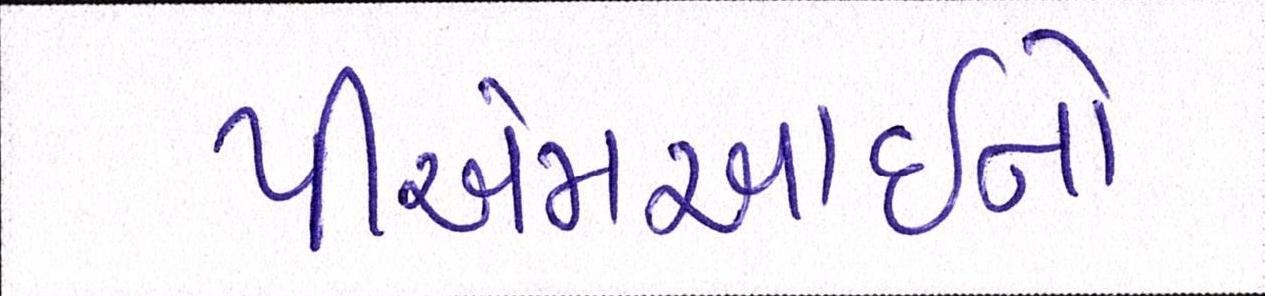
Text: પીએમઆઇનો